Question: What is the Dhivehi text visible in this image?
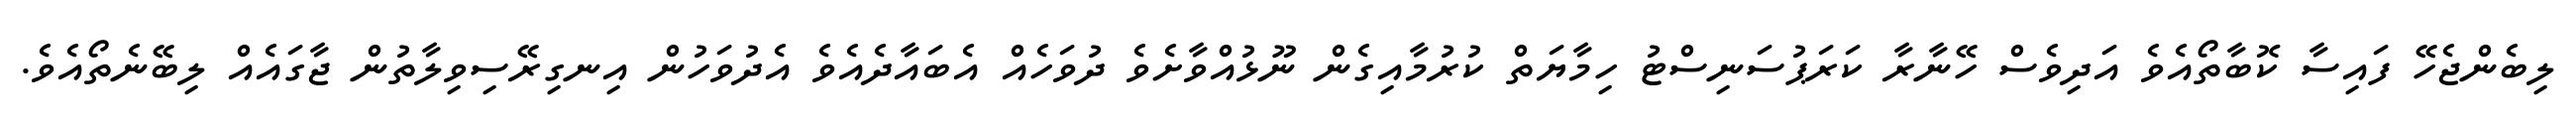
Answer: ލިބެންޖެހޭ ފައިސާ ކޮބާތޯއެވެ އަދިވެސް ހޭނާރާ ކަރަޕުސަނިސްޓު ހިމާޔަތް ކުރުމާއިގެން ނޫޅުއްވާށެވެ ދުވަހެއް އެބައާދެއެވެ އެދުވަހުން އިނގިރޭސިވިލާތުން ޖާގައެއް ލިބޭނެތޯއެވެ.